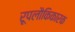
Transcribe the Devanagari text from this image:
रूपलौकिकारक